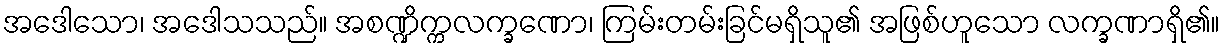
အဒေါသော၊ အဒေါသသည်။ အစဏ္ဍိက္ကလက္ခဏော၊ ကြမ်းတမ်းခြင်မရှိသူ၏ အဖြစ်ဟူသော လက္ခဏာရှိ၏။